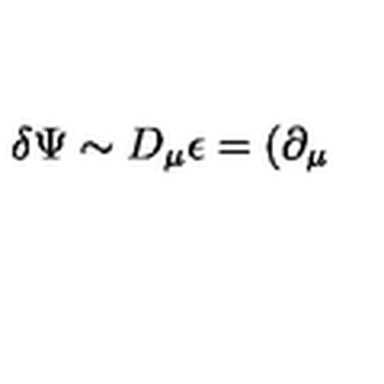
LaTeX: \delta \Psi \sim D _ { \mu } \epsilon = ( \partial _ { \mu }